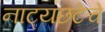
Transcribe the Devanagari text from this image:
नाट्यछटेचे